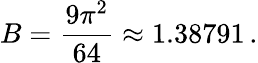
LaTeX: B={\frac{9\pi^{2}}{64}}\approx 1.38791\, .